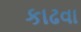
કાઢવા